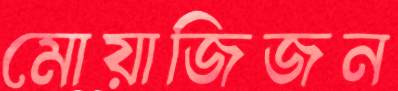
মোয়াজিজন